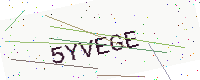
Text: 5YVEGE